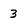
Character: 3